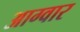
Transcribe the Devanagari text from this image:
आग्वार